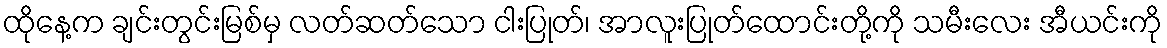
ထိုနေ့က ချင်းတွင်းမြစ်မှ လတ်ဆတ်သော ငါးပြုတ်၊ အာလူးပြုတ်ထောင်းတို့ကို သမီးလေး အီယင်းကို